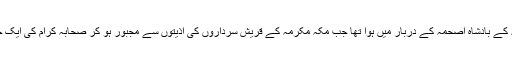
مسیحیوں کے ساتھ ہمارا پہلا مکالمہ حبشہ کے بادشاہ اصحمہؓ کے دربار میں ہوا تھا جب مکہ مکرمہ کے قریش سرداروں کی اذیتوں سے مجبور ہو کر صحابہ کرامؓ کی ایک جماعت ہجرت کر کے وہاں چلی گئی تھی۔